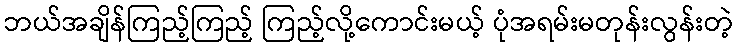
ဘယ်အချိန်ကြည့်ကြည့် ကြည့်လို့ကောင်းမယ့် ပုံအရမ်းမတုန်းလွန်းတဲ့